65_HS1-834228961_62-HQ-83894_Section_8
Agency: FBI
Page 183
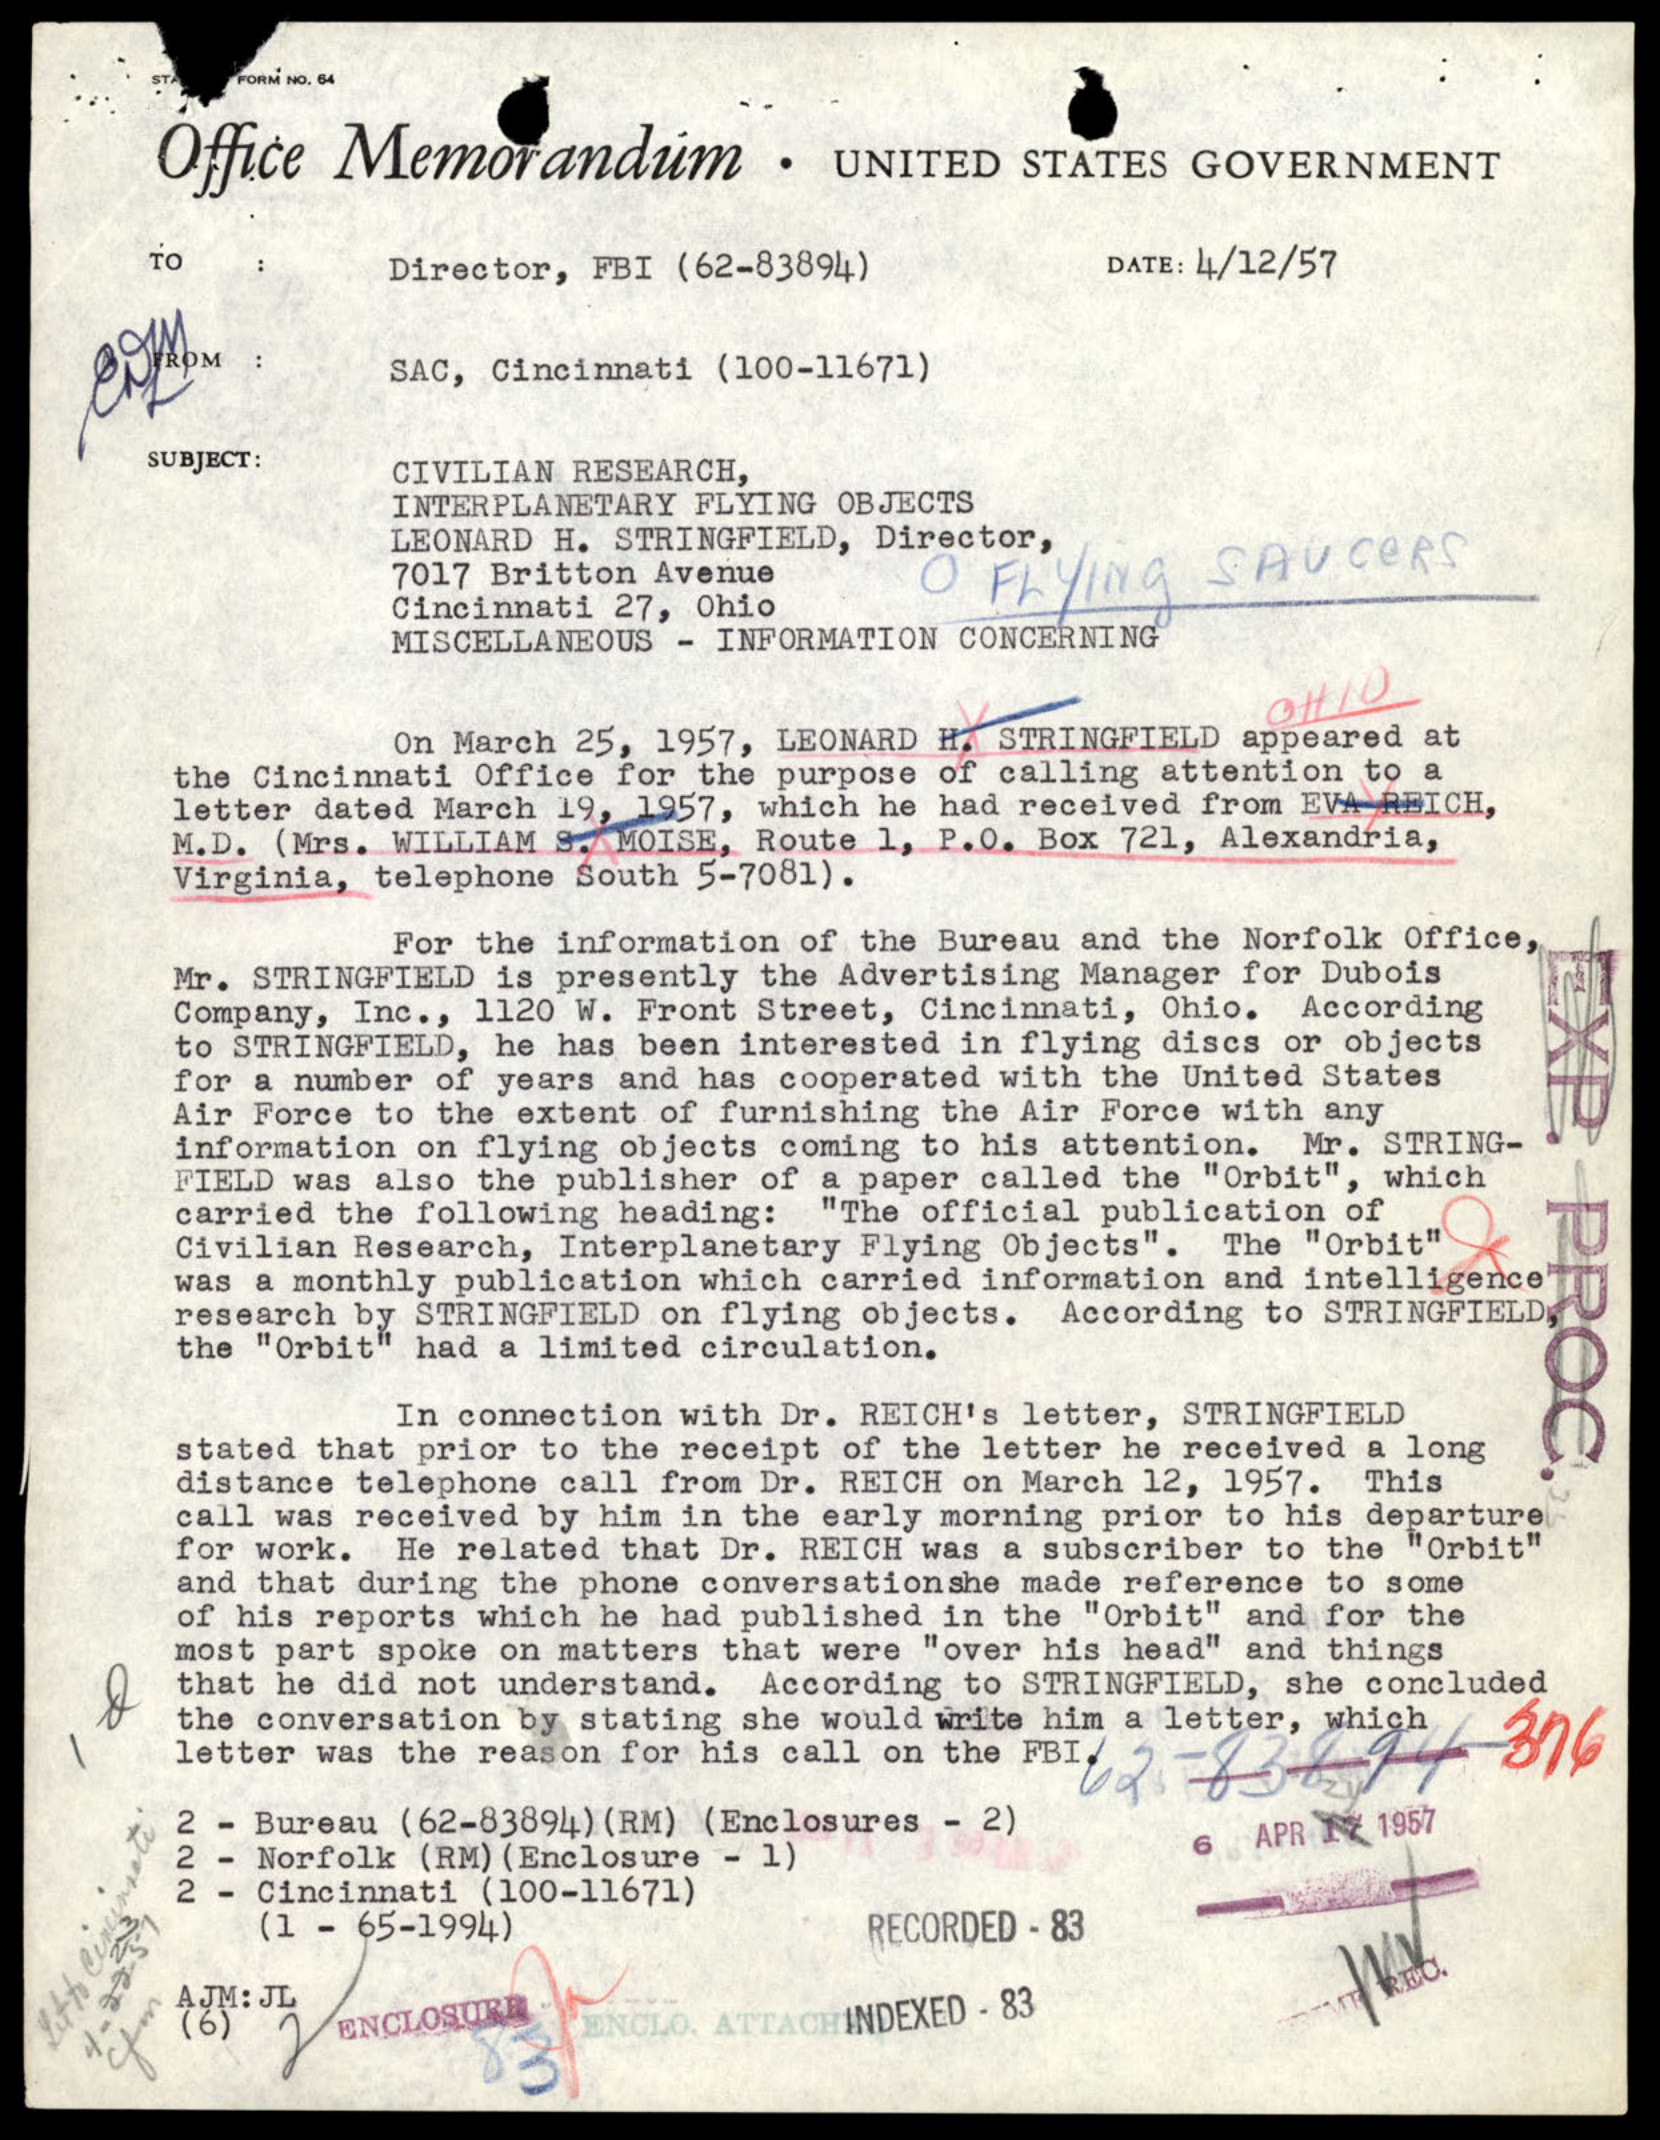